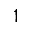
1